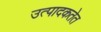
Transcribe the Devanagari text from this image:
उत्पादकतेत